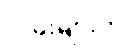
လမ်းများကို